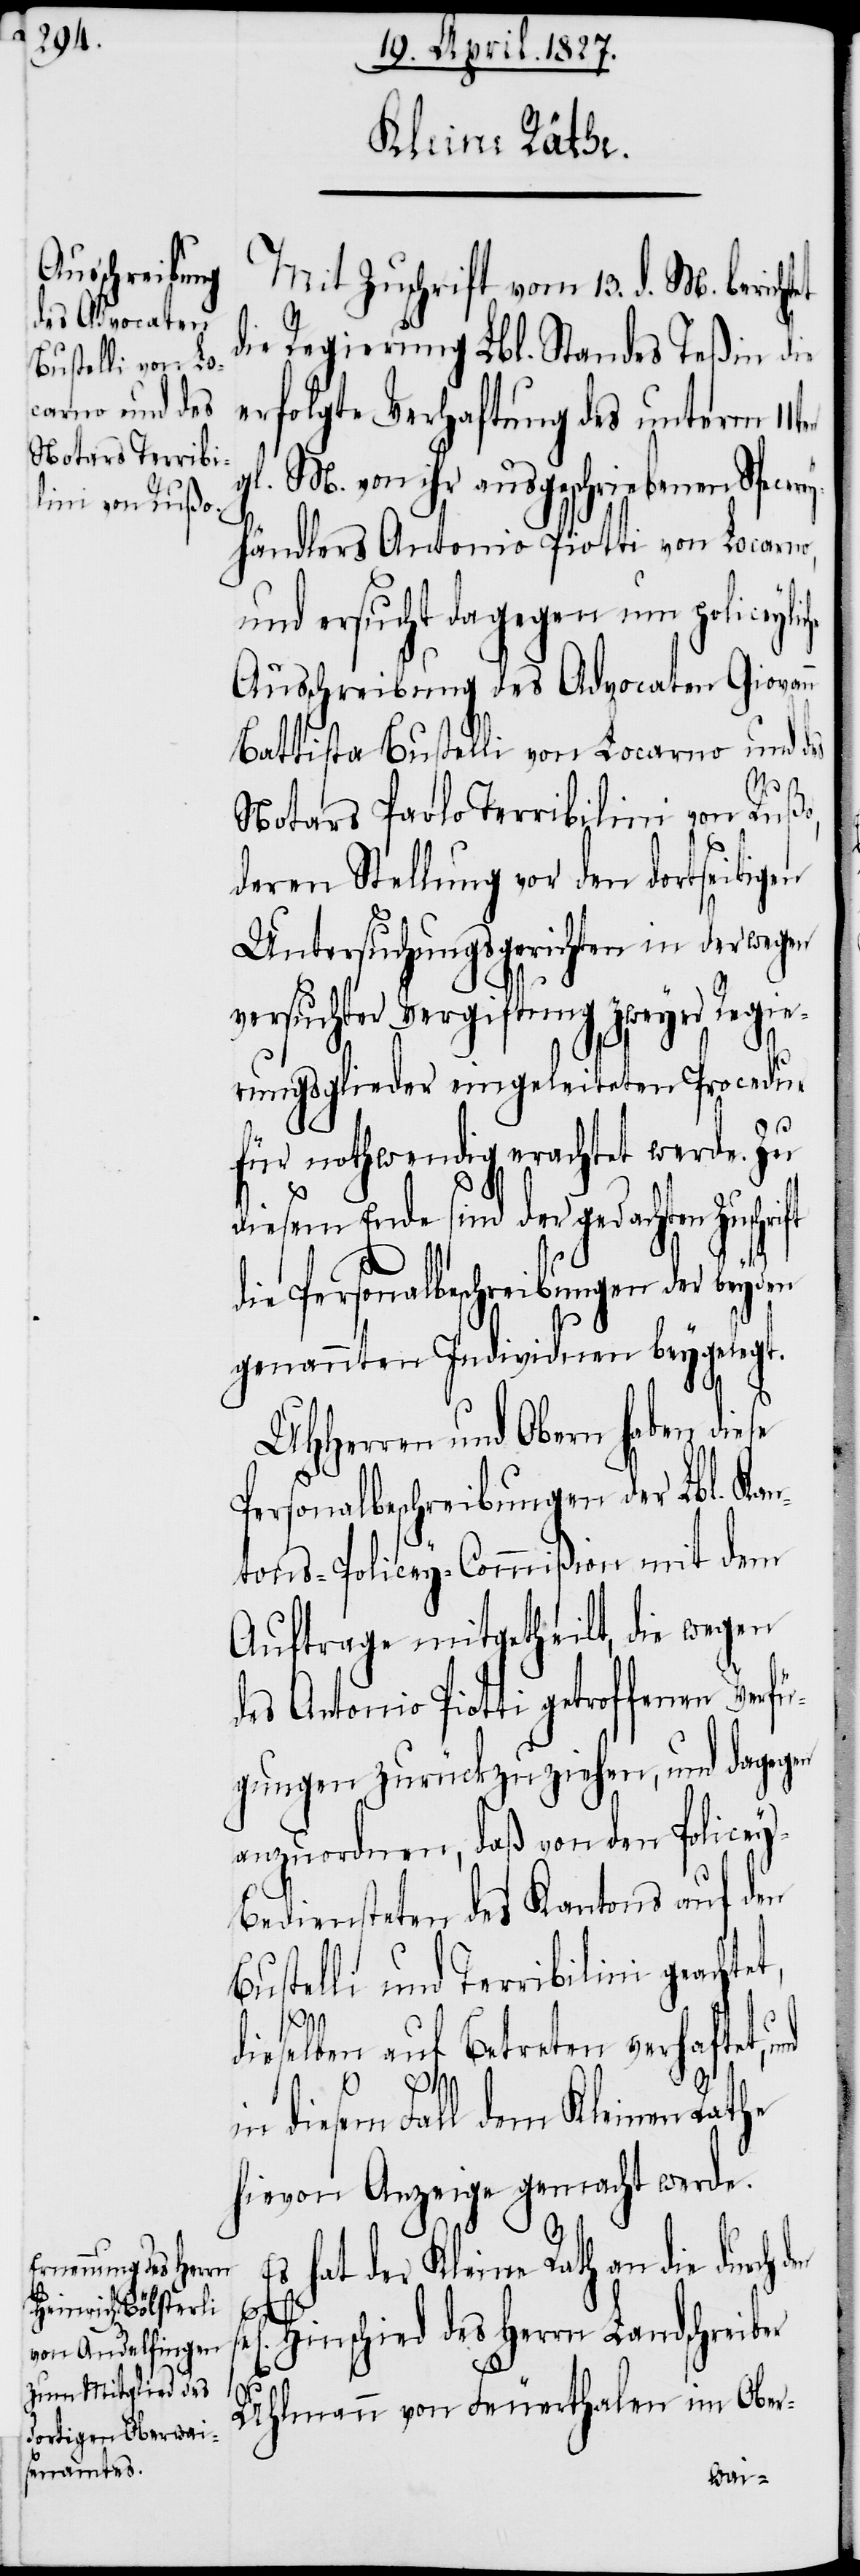
Mit Zuschrift vom 13. d. M. bericht¬
die Regierung Lbl. Standes Teßin die
erfolgte Verhaftung des unterm 11ten
gl. M. von ihr ausgeschriebenen
händlers Antonio Piotti von Locarno,
und ersucht dagegen um policeyli¬
Ausschreibung des Advocaten Giovan¬
Battista Bustelli von Locarno und des
et,
Notars Paolo Terribilini von Rußo,
deren Stellung vor den dortseitigen
Untersuchungsgerichten in derwegen
versuchter Vergiftung zweyer Regie¬
rungsmitglieder eingeleiteten Procedur
für nothwendig erachtet werde. Zu
iesem Ende sind der gedachten Zu¬
genannten Individuen beygelegt.
UHHerren und Obern haben diese
Personalbeschreibungen der Lbl. Kan¬
tons-Policey-Commißion mit dem
Auftrage mitgetheilt, die wegen
des Antonio Piotti getroffenen Verfü¬
gungen zurückzuziehen, und dagegen
anzuordnen, daß von den Police¬
y-Bediensteten des Kantons auf den
Bustelli und Terribilini geacht¬
dieselben auf Betreten verhaftet,
E¬
in diesem Fall dem Kleinen Rathe
hievon Anzeige gemacht werde.
s hat der Kleine Rath an die durch
sel[igen]
Hinschied des Herrn Landschreiber
Uhlmann von Feuerthalen im Ober-